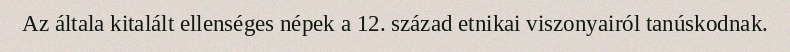
Az általa kitalált ellenséges népek a 12. század etnikai viszonyairól tanúskodnak.